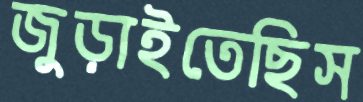
জুড়াইতেছিস